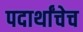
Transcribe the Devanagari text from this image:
पदार्थांचेच